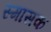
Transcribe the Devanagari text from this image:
स्मासक